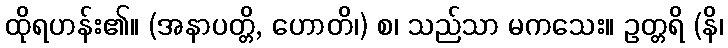
ထိုရဟန်း၏။ (အနာပတ္တိ, ဟောတိ၊) စ၊ သည်သာ မကသေး။ ဥတ္တရိ (နိ၊